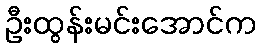
ဦးထွန်းမင်းအောင်က